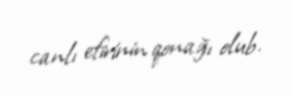
canlı efirinin qonağı olub.